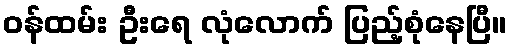
ဝန်ထမ်း ဦးရေ လုံလောက် ပြည့်စုံနေပြီ။